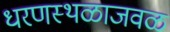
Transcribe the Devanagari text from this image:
धरणस्थळाजवळ